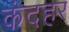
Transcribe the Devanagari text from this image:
कंदहर